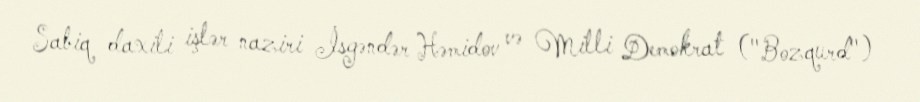
Sabiq daxili işlər naziri İsgəndər Həmidov və Milli Demokrat ("Bozqurd")